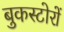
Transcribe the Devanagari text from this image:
बुकस्टोरों